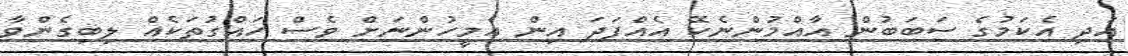
އަދި އެކަމުގެ ސަބަބުން އާއްމުންނެކޭ އެއްފަދަ އިން އެމީހުންނަށް ވެސް ހައްގުތަކެއް ލިބިގެންވާ